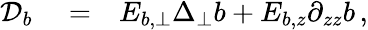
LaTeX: \begin{array}{rlr}{{\cal D}_{b}}&{{}=}&{E_{b,\perp}\Delta_{\perp}b+E_{b,z}\partial_{zz}b\, ,}\end{array}